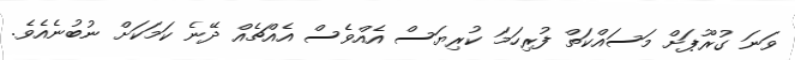
ވަނަ ގުރޫޕަށް މަސައްކަތް ފުރިހަމަ ކުރިޔަސް އެއްވެސް އެއްޗެއް ދޭނެ ކަމަކަށް ނުބުނެއެވެ.